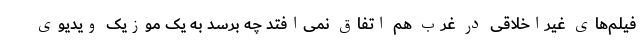
فیلم‌های غیراخلاقی در غرب هم اتفاق نمی‌افتد چه برسد به یک موزیک ویدیوی